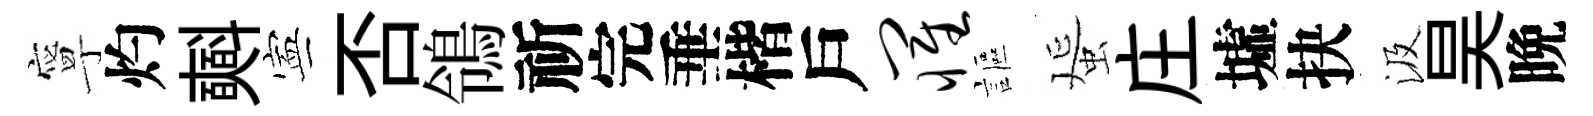
寧灼𣂏寕否鴒祈完垂楷戶罹謳蜑庄墟抉汲昊晩